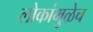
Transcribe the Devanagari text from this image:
लोकांमुळेच